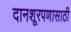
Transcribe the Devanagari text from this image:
दानशूरपणासाठी